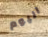
اليوم